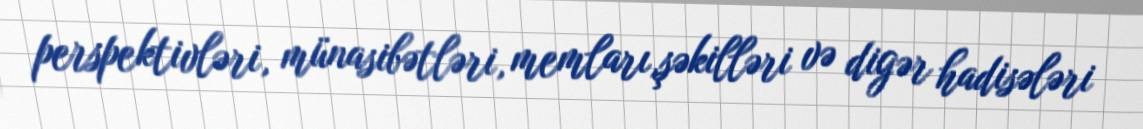
perspektivləri, münasibətləri, memları,şəkilləri və digər hadisələri